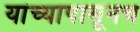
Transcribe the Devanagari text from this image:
यांच्यापासूनच